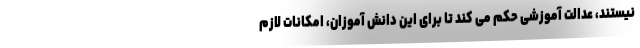
نیستند، عدالت آموزشی حکم می کند تا برای این دانش آموزان، امکانات لازم